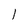
Character: 1